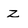
Character: Z